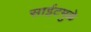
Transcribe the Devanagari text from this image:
साईटमुळे